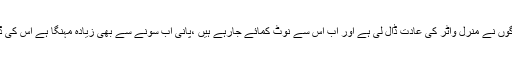
چیف جسٹس نے ریمارکس دیئے کہ لوگوں نے منرل واٹر کی عادت ڈال لی ہے اور اب اس سے نوٹ کمائے جارہے ہیں ،پانی اب سونے سے بھی زیادہ مہنگا ہے اس کی ڈکیتی کسی صورت نہیں ہونے دیں گے۔